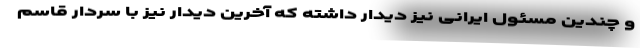
و چندین مسئول ایرانی نیز دیدار داشته که آخرین دیدار نیز با سردار قاسم